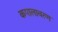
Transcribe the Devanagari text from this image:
कपालावरण